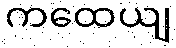
ကထေယျ